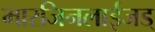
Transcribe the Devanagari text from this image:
मारजिनलाईजड्